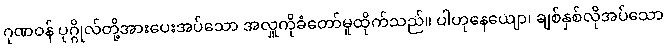
ဂုဏဝန် ပုဂ္ဂိုလ်တို့အားပေးအပ်သော အလှူကိုခံတော်မူထိုက်သည်။ ပါဟုနေယျော၊ ချစ်နှစ်လိုအပ်သော